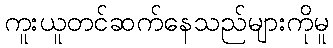
ကူးယူတင်ဆက်နေသည်များကိုမူ